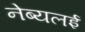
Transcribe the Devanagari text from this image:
नेब्यलई